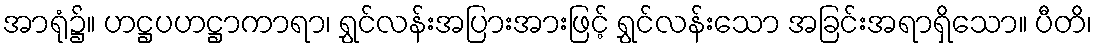
အာရုံ၌။ ဟဋ္ဌပဟဋ္ဌာကာရာ၊ ရွှင်လန်းအပြားအားဖြင့် ရွှင်လန်းသော အခြင်းအရာရှိသော။ ပီတိ၊